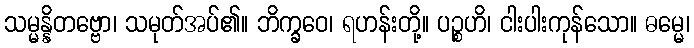
သမ္မန္နိတဗ္ဗော၊ သမုတ်အပ်၏။ ဘိက္ခဝေ၊ ရဟန်းတို့။ ပဉ္စဟိ၊ ငါးပါးကုန်သော။ ဓမ္မေ၊